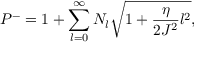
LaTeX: P ^ { - } = 1 + \sum _ { l = 0 } ^ { \infty } N _ { l } \sqrt { 1 + \frac { \eta } { 2 J ^ { 2 } } l ^ { 2 } } ,